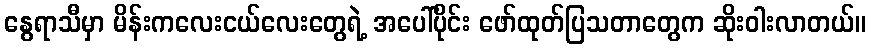
နွေရာသီမှာ မိန်းကလေးငယ်လေးတွေရဲ့ အပေါ်ပိုင်း ဖော်ထုတ်ပြသတာတွေက ဆိုးဝါးလာတယ်။